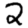
Digit: 2